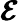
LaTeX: \pmb{\mathcal{E}}